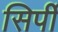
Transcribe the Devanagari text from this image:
सिर्पी